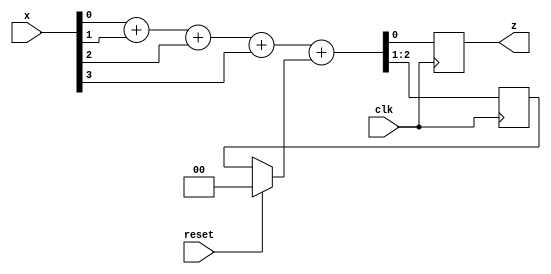
module lab3(x,z,clk,reset);
input [3:0]x;
input clk,reset;
reg [1:0]d;
reg [2:0]sum;
output reg z;

always@(posedge clk)
begin
	if(reset)
		begin
			d=2'd0;
		end
	sum=x[0]+x[1]+x[2]+x[3]+d;
	d[1]=sum[2];
	d[0]=sum[1];
	z=sum[0];

end

endmodule